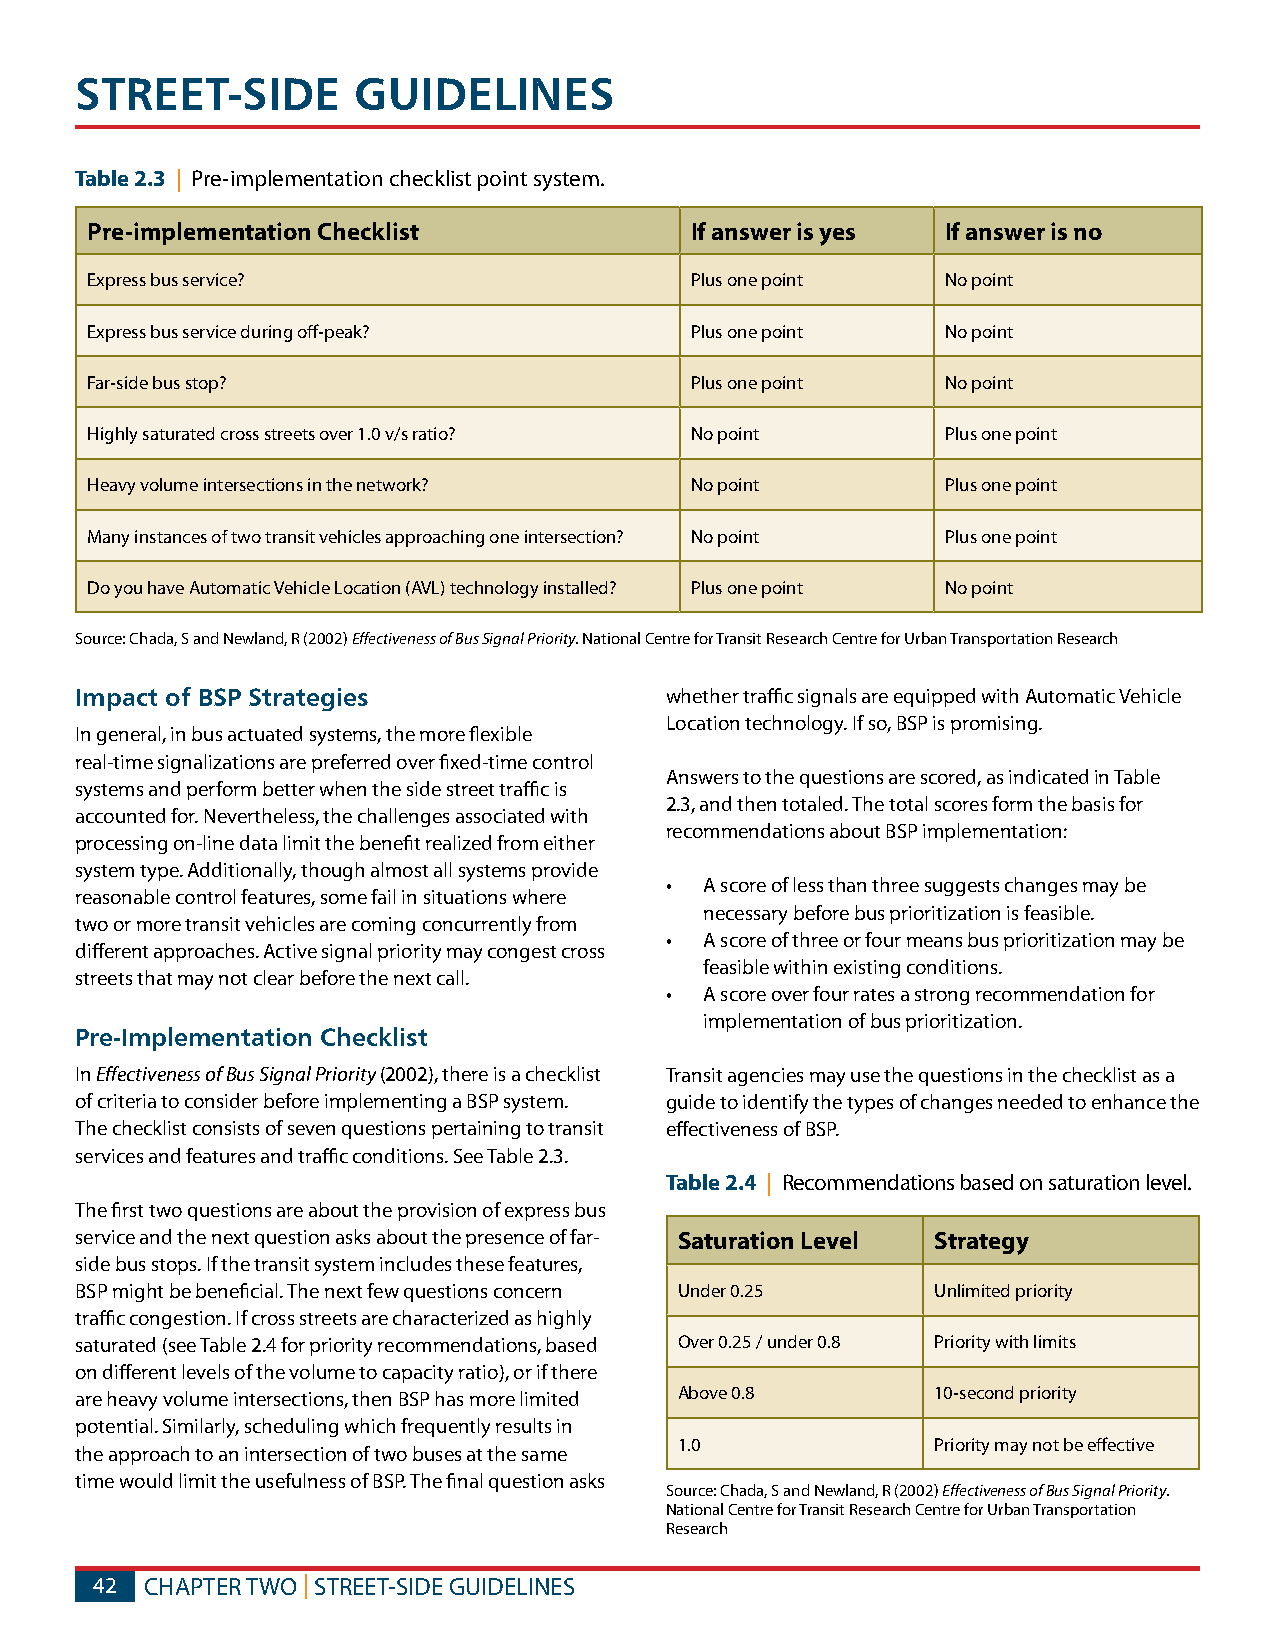
STREET-SIDE       GUIDELINES
 Table 2.3 | Pre-implementation checklist point system.
 Pre-implementation Checklist            If answer is yes If answer is no
 Express bus service?                    Plus one point   No point
 Express bus service during off-peak?    Plus one point   No point
 Far-side bus stop?                      Plus one point   No point
 Highly saturated cross streets over 1.0 v/s ratio? No point Plus one point
 Heavy volume intersections in the network? No point      Plus one point
 Many instances of two transit vehicles approaching one intersection? No point Plus one point
 Do you have Automatic Vehicle Location (AVL) technology installed? Plus one point No point
 Source: Chada, S and Newland, R (2002) Effectiveness of Bus Signal Priority. National Centre for Transit Research Centre for Urban Transportation Research
 Impact of BSP Strategies               whether traffic signals are equipped with Automatic Vehicle
 Location technology. If so, BSP is promising.
 In general, in bus actuated systems, the more flexible
 real-time signalizations are preferred over fixed-time control
 Answers to the questions are scored, as indicated in Table
 systems and perform better when the side street traffic is
 2.3, and then totaled. The total scores form the basis for
 accounted for. Nevertheless, the challenges associated with
 recommendations about BSP implementation:
 processing on-line data limit the benefit realized from either
 system type. Additionally, though almost all systems provide
 •  A score of less than three suggests changes may be
 reasonable control features, some fail in situations where
 necessary before bus prioritization is feasible.
 two or more transit vehicles are coming concurrently from
 •  A score of three or four means bus prioritization may be
 different approaches. Active signal priority may congest cross
 feasible within existing conditions.
 streets that may not clear before the next call.
 •  A score over four rates a strong recommendation for
 implementation of bus prioritization.
 Pre-Implementation Checklist
 In Effectiveness of Bus Signal Priority (2002), there is a checklist Transit agencies may use the questions in the checklist as a
 of criteria to consider before implementing a BSP system. guide to identify the types of changes needed to enhance the
 The checklist consists of seven questions pertaining to transit effectiveness of BSP.
 services and features and traffic conditions. See Table 2.3.
 Table 2.4 | Recommendations based on saturation level.
 The first two questions are about the provision of express bus
 service and the next question asks about the presence of far- Saturation Level Strategy
 side bus stops. If the transit system includes these features,
 BSP might be beneficial. The next few questions concern Under 0.25 Unlimited priority
 traffic congestion. If cross streets are characterized as highly
 saturated (see Table 2.4 for priority recommendations, based Over 0.25 / under 0.8 Priority with limits
 on different levels of the volume to capacity ratio), or if there
 are heavy volume intersections, then BSP has more limited Above 0.8 10-second priority
 potential. Similarly, scheduling which frequently results in
 1.0              Priority may not be effective
 the approach to an intersection of two buses at the same
 time would limit the usefulness of BSP. The final question asks
 Source: Chada, S and Newland, R (2002) Effectiveness of Bus Signal Priority.
 National Centre for Transit Research Centre for Urban Transportation
 Research
 42  CHAPTER TWO | STREET-SIDE GUIDELINES